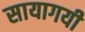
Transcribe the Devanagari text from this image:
सायागयी